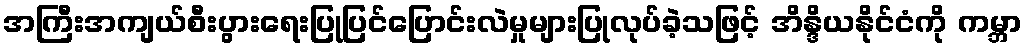
အကြီးအကျယ်စီးပွားရေးပြုပြင်ပြောင်းလဲမှုများပြုလုပ်ခဲ့သဖြင့် အိန္ဒိယနိုင်ငံကို ကမ္ဘာ